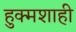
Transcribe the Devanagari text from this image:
हुक्मशाही